Civil Veterinary Dept. Assam report 1927-50 - 1927-1950
Year: 1927
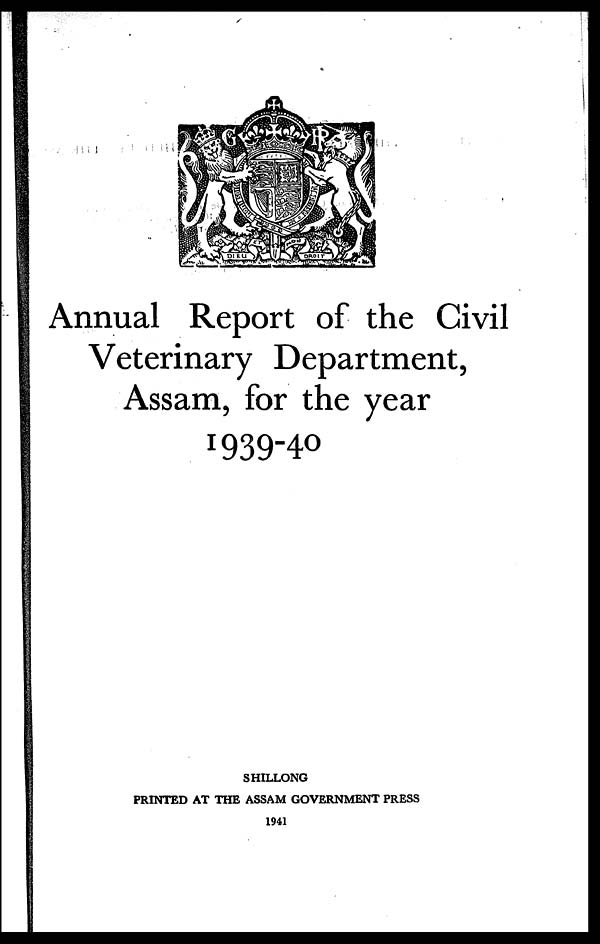
Annual Report of the Civil
Veterinary Department,
Assam, for the year
1939-40
SHILLONG
PRINTED AT THE ASSAM GOVERNMENT PRESS
1941